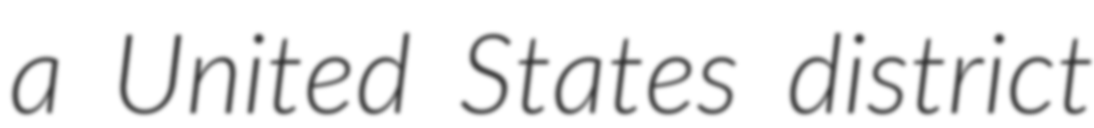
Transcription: a United States district